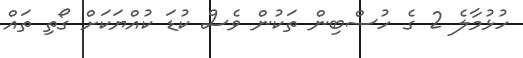
ހުޅުމާލެ 2 ގެ ހުސްބިން ތަކުން ވެސް ކުޑަ ކުއްޔަކަށް ގޯތި ތައް